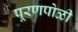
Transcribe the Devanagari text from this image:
पूरणपोळी